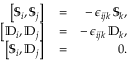
\begin{array} { r l r } { \left[ { \mathbb S } _ { i } , { \mathbb S } _ { j } \right] } & { { } = } & { - \, \epsilon _ { i j k } \, { \mathbb S } _ { k } , } \\ { \left[ { \mathbb D } _ { i } , { \mathbb D } _ { j } \right] } & { { } = } & { - \, \epsilon _ { i j k } \, { \mathbb D } _ { k } , } \\ { \left[ { \mathbb S } _ { i } , { \mathbb D } _ { j } \right] } & { { } = } & { 0 . } \end{array}